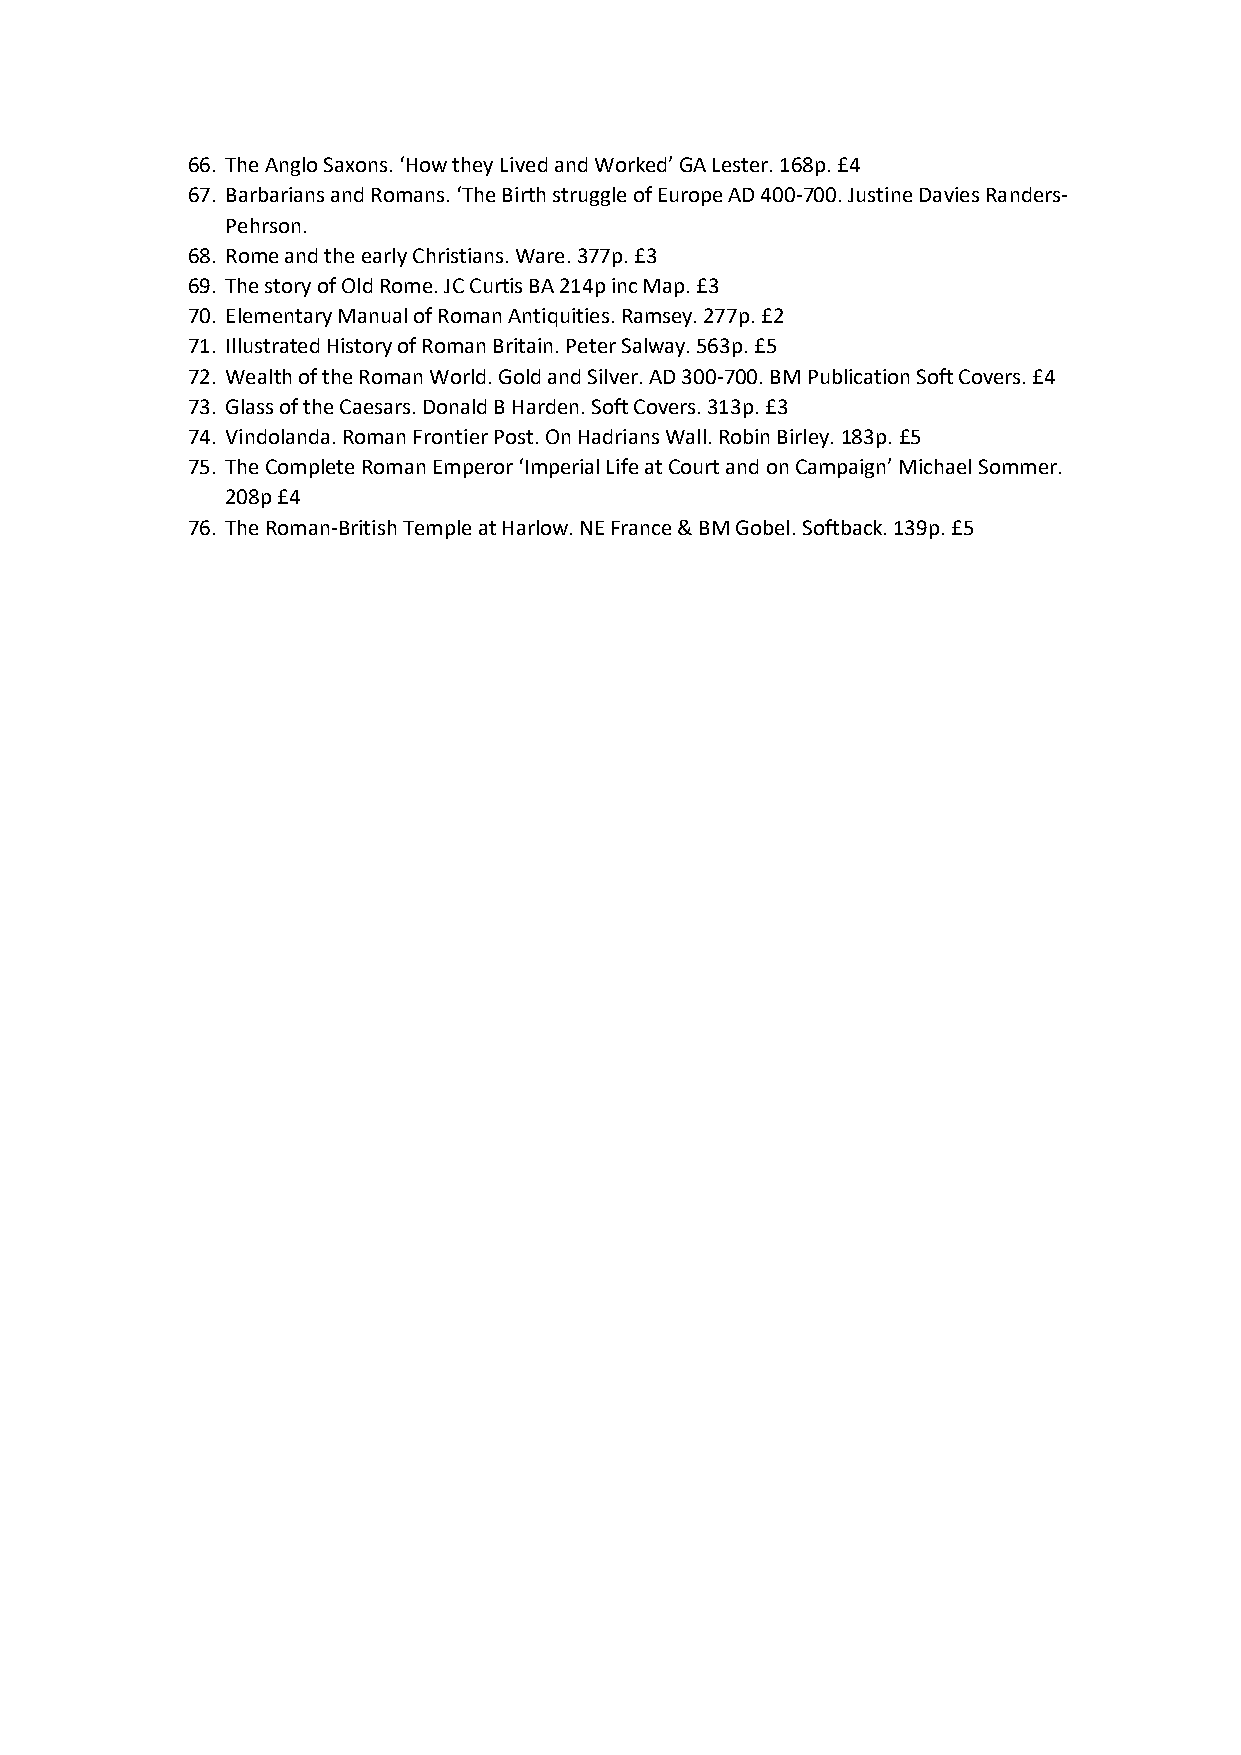
66. The Anglo Saxons. ‘How they Lived and Worked’ GA Lester. 168p. £4
 67. Barbarians and Romans. ‘The Birth struggle of Europe AD 400-700. Justine Davies Randers-
 Pehrson.
 68. Rome and the early Christians. Ware. 377p. £3
 69. The story of Old Rome. JC Curtis BA 214p inc Map. £3
 70. Elementary Manual of Roman Antiquities. Ramsey. 277p. £2
 71. Illustrated History of Roman Britain. Peter Salway. 563p. £5
 72. Wealth of the Roman World. Gold and Silver. AD 300-700. BM Publication Soft Covers. £4
 73. Glass of the Caesars. Donald B Harden. Soft Covers. 313p. £3
 74. Vindolanda. Roman Frontier Post. On Hadrians Wall. Robin Birley. 183p. £5
 75. The Complete Roman Emperor ‘Imperial Life at Court and on Campaign’ Michael Sommer.
 208p £4
 76. The Roman-British Temple at Harlow. NE France & BM Gobel. Softback. 139p. £5